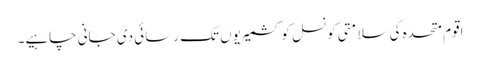
اقومِ متحدہ کی سلامتی کونسل کو کشمیریوں تک رسائی دی جانی چاہیے۔